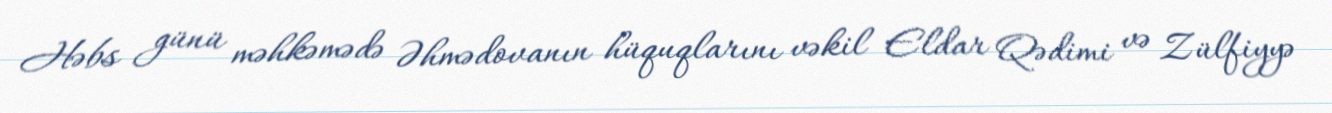
Həbs günü məhkəmədə Əhmədovanın hüquqlarını vəkil Eldar Qədimi və Zülfiyyə